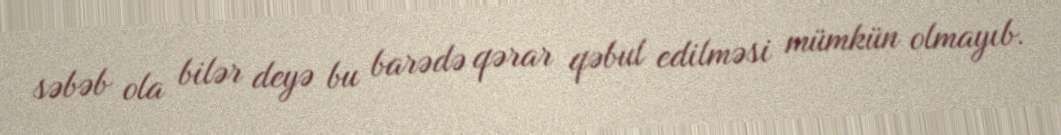
səbəb ola bilər deyə bu barədə qərar qəbul edilməsi mümkün olmayıb.